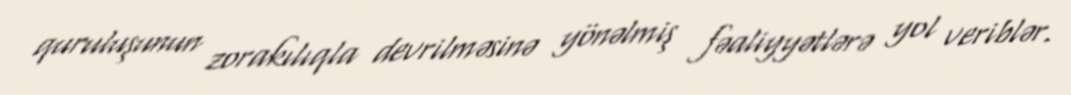
quruluşunun zorakılıqla devrilməsinə yönəlmiş fəaliyyətlərə yol veriblər.